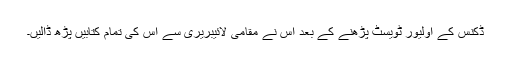
ڈکنس کے اولیور ٹویسٹ پڑھنے کے بعد اس نے مقامی لائیبریری سے اس کی تمام کتابیں پڑھ ڈالیں۔